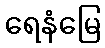
ရေနံမြေ